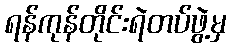
ရန်ကုန်တိုင်းရဲတပ်ဖွဲ့မှ